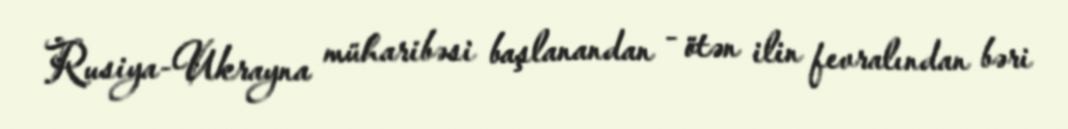
Rusiya-Ukrayna müharibəsi başlanandan - ötən ilin fevralından bəri